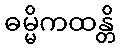
ဓမ္မိကထန္တိ